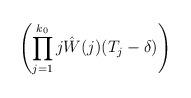
LaTeX: \begin{align*} \left( \prod_{j=1}^{k_0} j \hat{W}(j) (T_j-\delta) \right) \end{align*}